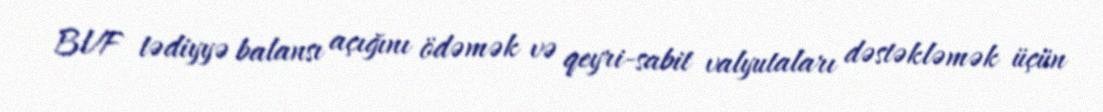
BVF tədiyyə balansı açığını ödəmək və qeyri-sabit valyutaları dəstəkləmək üçün